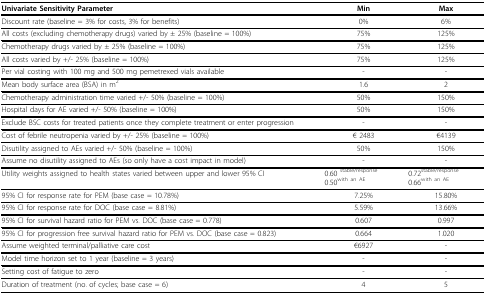
| Univariate Sensitivity Parameter | Min | Max |
 | --- | --- | --- |
 | Discount rate (baseline = 3% for costs, 3% for benefits) | 0% | 6% |
 | All costs (excluding chemotherapy drugs) varied by ± 25% (baseline = 100%) | 75% | 125% |
 | Chemotherapy drugs varied by ± 25% (baseline = 100%) | 75% | 125% |
 | All costs varied by +/- 25% (baseline = 100%) | 75% | 125% |
 | Per vial costing with 100 mg and 500 mg pemetrexed vials available | - | - |
 | Mean body surface area (BSA) in m2 | 1.6 | 2 |
 | Chemotherapy administration time varied +/- 50% (baseline = 100%) | 50% | 150% |
 | Hospital days for AE varied +/- 50% (baseline = 100%) | 50% | 150% |
 | Exclude BSC costs for treated patients once they complete treatment or enter progression | - | - |
 | Cost of febrile neutropenia varied by +/- 25% (baseline = 100%) | € 2483 | €4139 |
 | Disutility assigned to AEs varied +/- 50% (baseline = 100%) | 50% | 150% |
 | Assume no disutility assigned to AEs (so only have a cost impact in model) | - | - |
 | Utility weights assigned to health states varied between upper and lower 95% CI | 0.60 stable/response0.50with an AE | 0.72stable/response0.66with an AE |
 | 95% CI for response rate for PEM (base case = 10.78%) | 7.25% | 15.80% |
 | 95% CI for response rate for DOC (base case = 8.81%) | 5.59% | 13.66% |
 | 95% CI for survival hazard ratio for PEM vs. DOC (base case = 0.778) | 0.607 | 0.997 |
 | 95% CI for progression free survival hazard ratio for PEM vs. DOC (base case = 0.823) | 0.664 | 1.020 |
 | Assume weighted terminal/palliative care cost | €6927 | - |
 | Model time horizon set to 1 year (baseline = 3 years) | - | - |
 | Setting cost of fatigue to zero | - | - |
 | Duration of treatment (no. of cycles; base case = 6) | 4 | 5 |